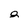
Character: 2